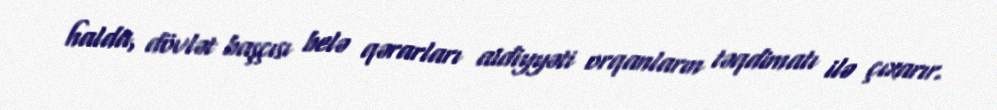
halda, dövlət başçısı belə qərarları aidiyyəti orqanların təqdimatı ilə çıxarır.